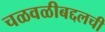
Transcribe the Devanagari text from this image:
चळवळीबद्दलची